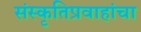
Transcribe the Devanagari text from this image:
संस्कृतिप्रवाहांचा